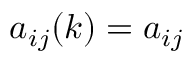
a _ { i j } ( k ) = a _ { i j }